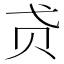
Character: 𰷞